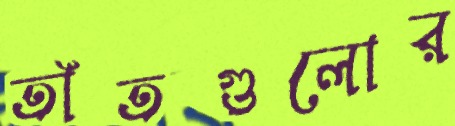
তাঁতগুলোর